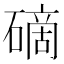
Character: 𥕐